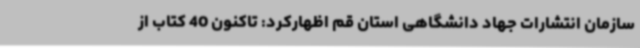
سازمان انتشارات جهاد دانشگاهی استان قم اظهارکرد: تاکنون 40 کتاب از